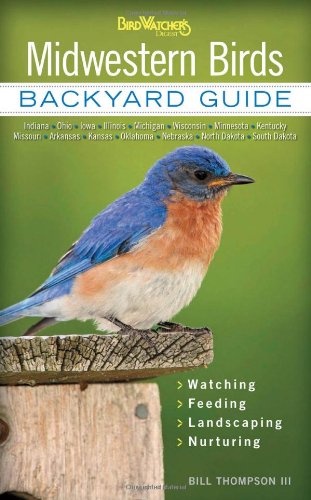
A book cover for Midwestern Birds: Backyard Guide - Watching - Feeding - Landscaping - Nurturing - Indiana, Ohio, Iowa, Illinois, Michigan, Wisconsin, Minnesota, ... Dakota (Bird Watcher's Digest Backyard Guide); Bill Thompson; Science & Math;